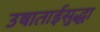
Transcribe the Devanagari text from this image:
उषाताईसुद्धा